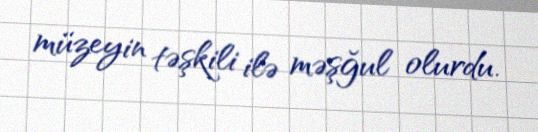
müzeyin təşkili ilə məşğul olurdu.